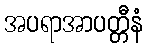
အပရာအာပတ္တီနံ